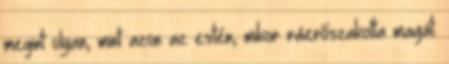
megint olyan, mint azon az estén, mikor ráerőszakolta magát.